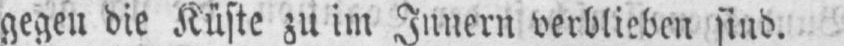
gegen die Küste zu im Innern verblieben sind.